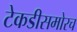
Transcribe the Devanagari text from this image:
टेकडीसमोरच